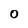
Character: O